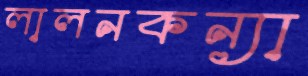
লালনকন্যা